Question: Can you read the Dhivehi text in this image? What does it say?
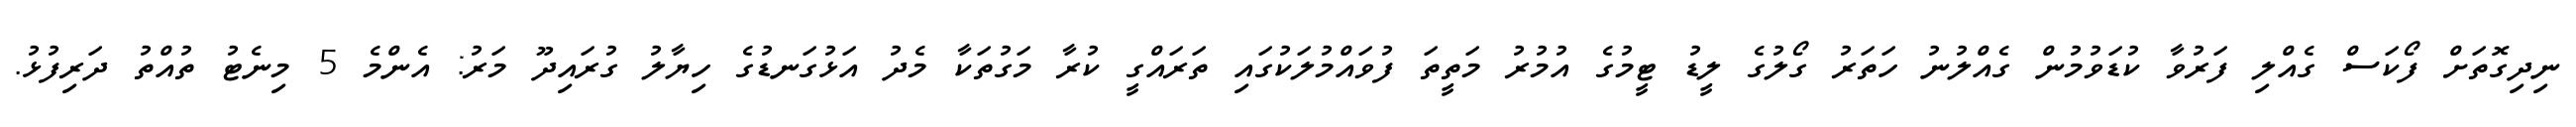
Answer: ނިދިގޮތަށް ފޯކަސް ގެއްލި ފަރުވާ ކުޑަވުމުން ގެއްލުނު ހަތަރު ގޯލުގެ ލީޑު ޓީމުގެ އުމުރު މަތީތަ ފުވައްމުލަކުގައި ތަރައްގީ ކުރާ މަގުތަކާ މެދު އަޅުގަނޑުގެ ހިޔާލު ގުރައިދޫ މަރު: އެންމެ 5 މިނެޓު ތުއްތު ދަރިފުޅު.